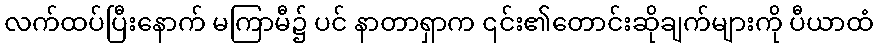
လက်ထပ်ပြီးနောက် မကြာမီ၌ ပင် နာတာရှာက ၎င်း၏တောင်းဆိုချက်များကို ပီယာထံ